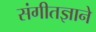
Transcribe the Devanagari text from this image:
संगीतज्ञाने